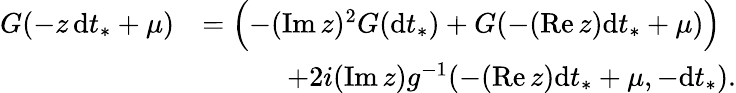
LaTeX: \begin{array}{rl}{G(-z\, {\mathrm d}t_{*}+\mu)}&{=\Bigl(-(\operatorname{Im}z)^{2}G({\mathrm d}t_{*})+G(-(\operatorname{Re}z){\mathrm d}t_{*}+\mu)\Bigr)}\\ &{\quad\qquad+2i(\operatorname{Im}z)g^{-1}(-(\operatorname{Re}z){\mathrm d}t_{*}+\mu,-{\mathrm d}t_{*}).}\end{array}